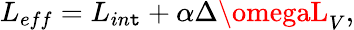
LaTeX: L_{eff}=L_{in\mathtt{t}}+\alpha\Delta\omegaL_{V},